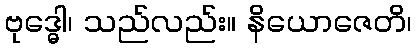
ဗုဒ္ဓေါ၊ သည်လည်း။ နိယောဇေတိ၊